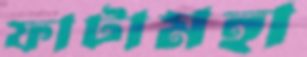
ফাটামহা